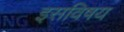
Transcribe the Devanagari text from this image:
इसविषय